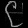
Digit: ၉